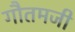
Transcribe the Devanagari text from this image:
गौतमजी